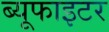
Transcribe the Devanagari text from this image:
ब्यूफाइटर